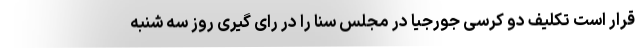
قرار است تکلیف دو کرسی جورجیا در مجلس سنا را در رای گیری روز سه شنبه